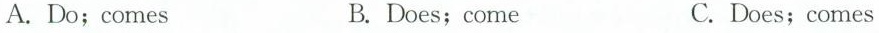
A.Do;comes B.Does;come C.Does;comes